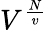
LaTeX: V^{\frac{N}{v}}